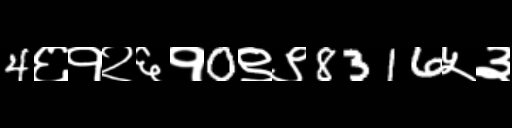
Text: 4६१२६१0९९8316५३